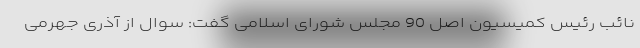
نائب رئیس کمیسیون اصل 90 مجلس شورای اسلامی گفت: سوال از آذری جهرمی